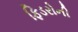
ફિડરોની